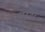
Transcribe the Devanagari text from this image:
अस्टर